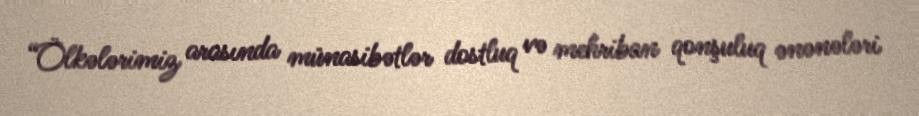
“Ölkələrimiz arasında münasibətlər dostluq və mehriban qonşuluq ənənələri